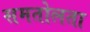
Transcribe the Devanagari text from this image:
समतोलता